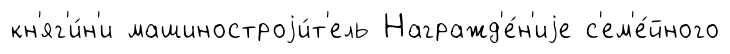
кн'яг'и́н'и машиностроjи́т'ель Награжд'е́н'иjе с'ем'е́йного